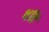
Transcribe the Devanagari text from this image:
क्षति